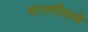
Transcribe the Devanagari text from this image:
मागणीमध्ये